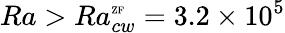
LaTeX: Ra>Ra_{cw}^{\mathrm{\tiny{ZF}}}=3.2\times 10^{5}